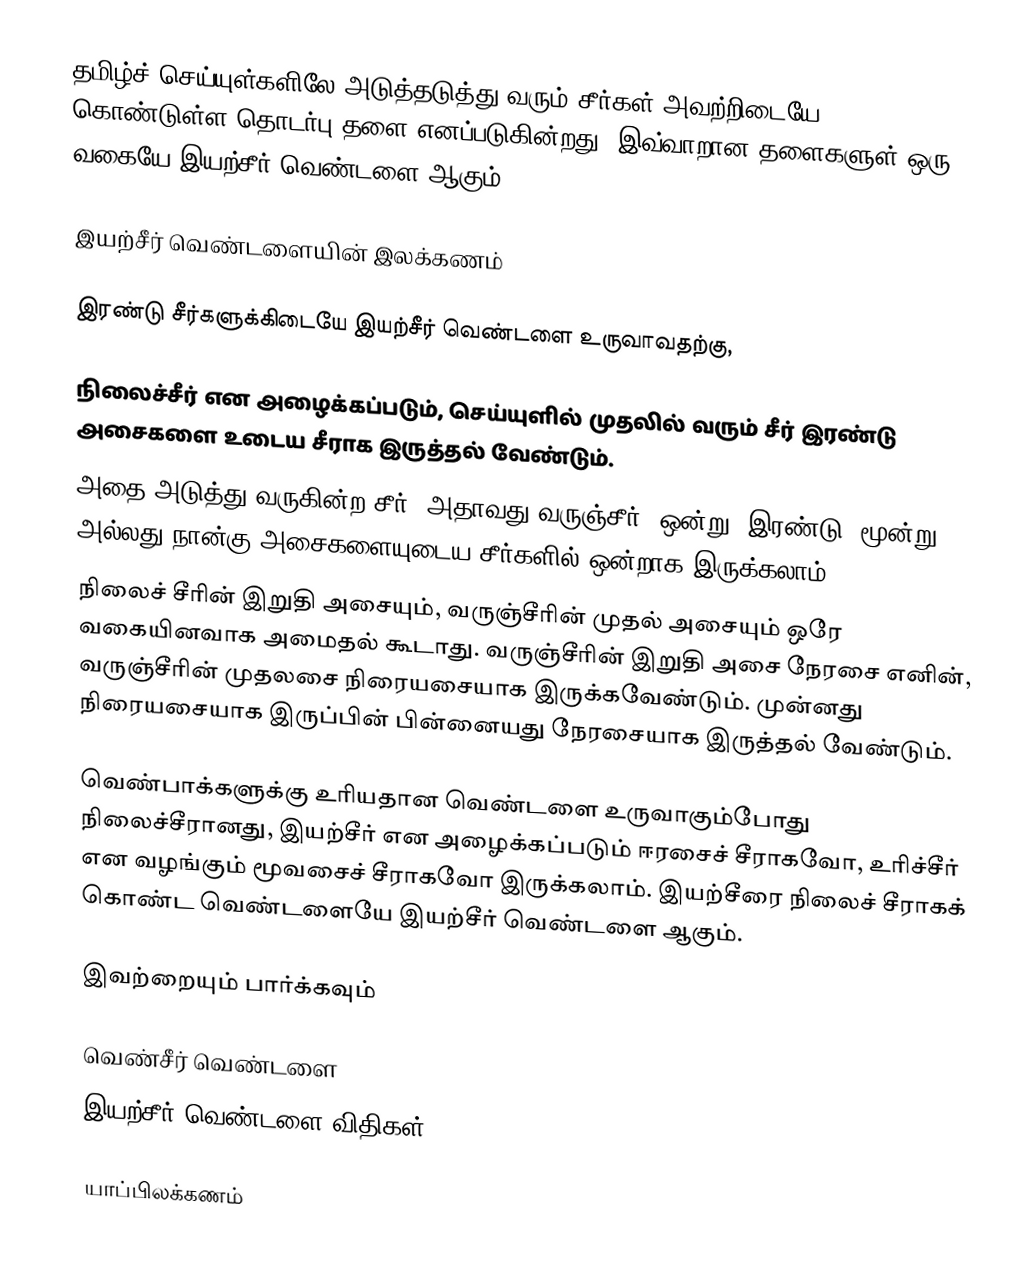
தமிழ்ச் செய்யுள்களிலே அடுத்தடுத்து வரும் சீர்கள் அவற்றிடையே கொண்டுள்ள தொடர்பு தளை எனப்படுகின்றது. இவ்வாறான தளைகளுள் ஒரு வகையே இயற்சீர் வெண்டளை ஆகும்.

இயற்சீர் வெண்டளையின் இலக்கணம்

இரண்டு சீர்களுக்கிடையே இயற்சீர் வெண்டளை உருவாவதற்கு,

 நிலைச்சீர் என அழைக்கப்படும், செய்யுளில் முதலில் வரும் சீர் இரண்டு அசைகளை உடைய சீராக இருத்தல் வேண்டும்.
 அதை அடுத்து வருகின்ற சீர், அதாவது வருஞ்சீர், ஒன்று, இரண்டு, மூன்று அல்லது நான்கு அசைகளையுடைய சீர்களில் ஒன்றாக இருக்கலாம்.
 நிலைச் சீரின் இறுதி அசையும், வருஞ்சீரின் முதல் அசையும் ஒரே வகையினவாக அமைதல் கூடாது. வருஞ்சீரின் இறுதி அசை நேரசை எனின், வருஞ்சீரின் முதலசை நிரையசையாக இருக்கவேண்டும். முன்னது நிரையசையாக இருப்பின் பின்னையது நேரசையாக இருத்தல் வேண்டும்.

வெண்பாக்களுக்கு உரியதான வெண்டளை உருவாகும்போது நிலைச்சீரானது, இயற்சீர் என அழைக்கப்படும் ஈரசைச் சீராகவோ, உரிச்சீர் என வழங்கும் மூவசைச் சீராகவோ இருக்கலாம். இயற்சீரை நிலைச் சீராகக் கொண்ட வெண்டளையே இயற்சீர் வெண்டளை ஆகும்.

இவற்றையும் பார்க்கவும்

 வெண்சீர் வெண்டளை
 இயற்சீர் வெண்டளை விதிகள்

யாப்பிலக்கணம்